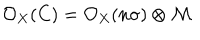
LaTeX: { \cal { O } } _ { X } ( C ) = { \cal { O } } _ { X } ( n \sigma ) \otimes { \cal { M } }